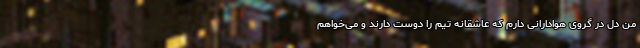
من دل در گروی هوادارانی دارم که عاشقانه تیم را دوست دارند و می‌خواهم